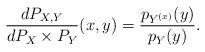
LaTeX: \begin{align*} \frac{d P_{X,Y}}{d P_X\times P_Y} (x,y) = \frac{p_{Y^{(x)}}(y)}{p_Y(y)}.\end{align*}